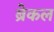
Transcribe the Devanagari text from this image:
ब्रेकल